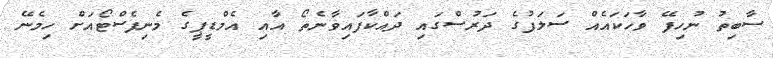
ސާބިތު ނުހިފޭ ވާހަކައެއް ސަލަފުގެ ދަރުސްގައި ދައްކާފައިވާނެތޯ އާއި އެމްޑީޕީގެ މެނިފެސްޓޯއަށް ހިމެނޭ